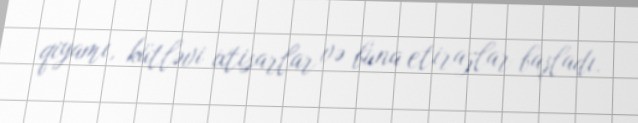
qiyamı, kütləvi ixtisarlar və buna etirazlar başladı.